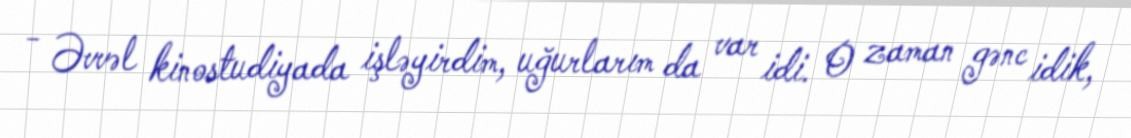
- Əvvəl kinostudiyada işləyirdim, uğurlarım da var idi. O zaman gənc idik,